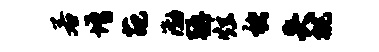
若增葩渤强炫褚失挑